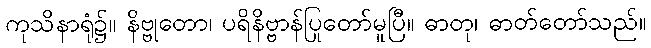
ကုသိနာရုံ၌။ နိဗ္ဗုတော၊ ပရိနိဗ္ဗာန်ပြုတော်မူပြီ။ ဓာတု၊ ဓာတ်တော်သည်။